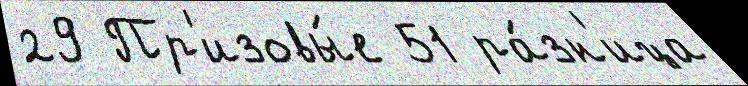
29 Пр'изовы́е 51 ра́зн'ица